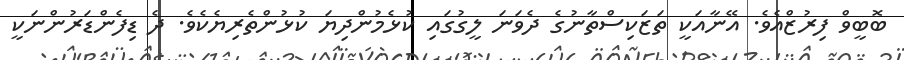
ބޮބީވް ފިރުޒްއެވެ. އޭނާއަކީ ތަޒަކިސްތާނުގެ ދެވަނަ ލީގުގައި ކުޅެމުންދިޔަ ކުޅުންތެރިޔެކެވެ. ދެ ޑިފެންޑަރުންނަކީ